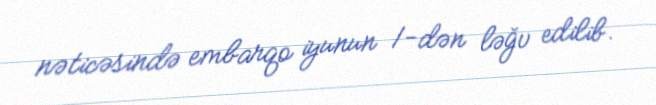
nəticəsində embarqo iyunun 1-dən ləğv edilib.